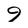
Character: 9